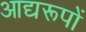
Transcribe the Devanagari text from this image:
आद्यरूपों